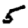
Digit: 5